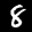
Label: 8